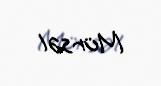
Mürsəl